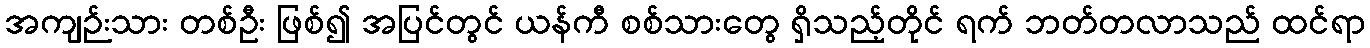
အကျဉ်းသား တစ်ဦး ဖြစ်၍ အပြင်တွင် ယန်ကီ စစ်သားတွေ ရှိသည့်တိုင် ရက် ဘတ်တလာသည် ထင်ရာ